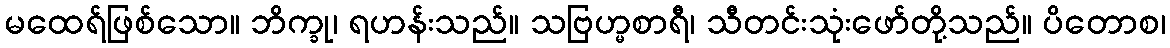
မထေရ်ဖြစ်သော။ ဘိက္ခု၊ ရဟန်းသည်။ သဗြဟ္မစာရီ၊ သီတင်းသုံးဖော်တို့သည်။ ပိတောစ၊